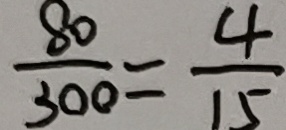
\frac { 8 0 } { 3 0 0 } = \frac { 4 } { 1 5 }